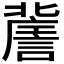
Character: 𧫯